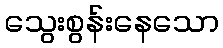
သွေးစွန်းနေသော